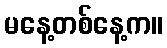
မနေ့တစ်နေ့က။